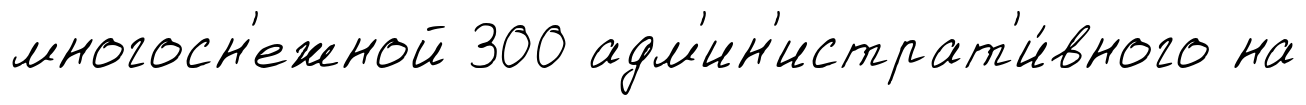
многосн'ежной 300 адм'ин'истрат'и́вного на